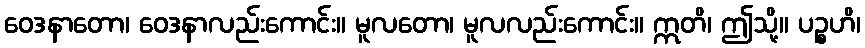
ဝေဒနာတော၊ ဝေဒနာလည်းကောင်း။ မူလတော၊ မူလလည်းကောင်း။ ဣတိ၊ ဤသို့။ ပဉ္စဟိ၊